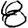
Digit: 8